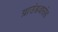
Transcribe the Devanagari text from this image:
ग्राउंडवाउंड